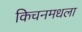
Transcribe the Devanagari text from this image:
किचनमधला